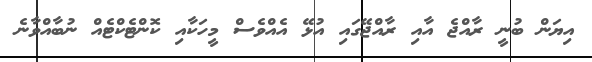
އިޔަން ބުނީ ރާއްޖެ އާއި ރާއްޖޭގައި އުޅޭ އެއްވެސް މީހަކާއި ކޮންޓެކްޓެއް ނުބާއްވާނެ